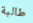
طالبة